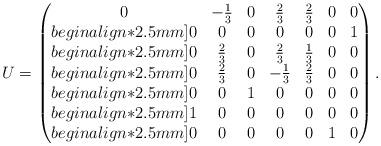
LaTeX: \begin{align*}U=\begin{pmatrix}0 & -\frac{1}{3} & 0 & \frac{2}{3}& \frac{2}{3} & 0 & 0 \\begin{align*}2.5mm]0 & 0 & 0 & 0 & 0 & 0 & 1 \\begin{align*}2.5mm]0 & \frac{2}{3} & 0 & \frac{2}{3} & \frac{1}{3} & 0 & 0 \\begin{align*}2.5mm]0 & \frac{2}{3} & 0 & -\frac{1}{3} & \frac{2}{3} & 0 & 0 \\begin{align*}2.5mm]0 & 0 & 1 & 0 & 0 & 0 & 0 \\begin{align*}2.5mm]1 & 0 & 0 & 0 & 0 & 0 & 0 \\begin{align*}2.5mm]0 & 0 & 0 & 0 & 0 & 1 & 0\end{pmatrix}.\end{align*}